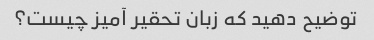
توضیح دهید که زبان تحقیر آمیز چیست؟